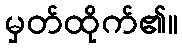
မှတ်ထိုက်၏။